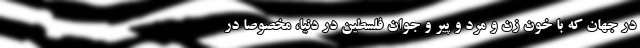
در جهان که با خون زن و مرد و پیر و جوان فلسطین در دنیا، مخصوصاً در